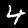
Digit: 4